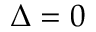
\Delta = 0